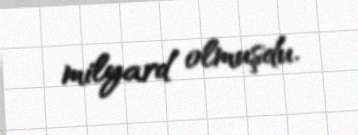
milyard olmuşdu.